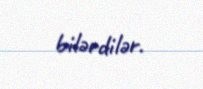
bilərdilər.